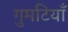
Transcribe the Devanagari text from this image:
गुमटियाँ